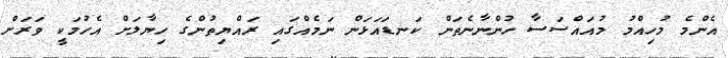
އެންމެ މުހިއްމު މުއައްސަސާ ހުންނާނެތަން ކަނޑައަޅަން ނަމެއްގައި ރައްޔިތުންގެ ހިޔާލަށް އެހުމަކީ ވަރަށް